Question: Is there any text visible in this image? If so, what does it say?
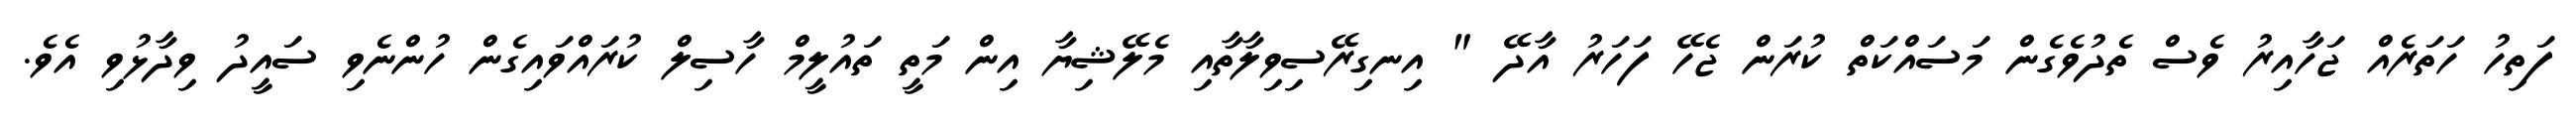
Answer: ފަތިހު ހަތަރެއް ޖަހާއިރު ވެސް ތެދުވެގެން މަސައްކަތް ކުރަން ޖެހޭ ފަހަރު އާދޭ " އިނގިރޭސިވިލާތާއި މެލޭޝިޔާ އިން މަތީ ތައުލީމް ހާސިލް ކުރައްވައިގެން ހުންނެވި ސައީދު ވިދާޅުވި އެވެ.